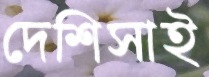
দেশিসাই